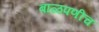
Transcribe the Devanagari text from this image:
बाळपणीच